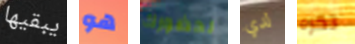
يبقيها هو لحضورك لدي تكره